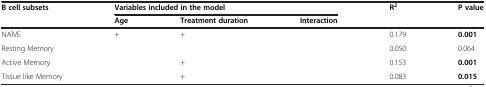
<table><thead><tr><td rowspan="2"><b>B cell subsets</b></td><td colspan="3"><b>Variables included in the model</b></td><td rowspan="2"><b>R<sup>2</sup></b></td><td rowspan="2"><b>P value</b></td></tr><tr><td><b>Age</b></td><td><b>Treatment duration</b></td><td><b>Interaction</b></td></tr></thead><tbody><tr><td>NAÏVE</td><td>+</td><td>+</td><td></td><td>0.179</td><td><b>0.001</b></td></tr><tr><td>Resting Memory</td><td></td><td></td><td></td><td>0.050</td><td>0.064</td></tr><tr><td>Active Memory</td><td></td><td>+</td><td></td><td>0.153</td><td><b>0.001</b></td></tr><tr><td>Tissue like Memory</td><td></td><td>+</td><td></td><td>0.083</td><td><b>0.015</b></td></tr></tbody></table>